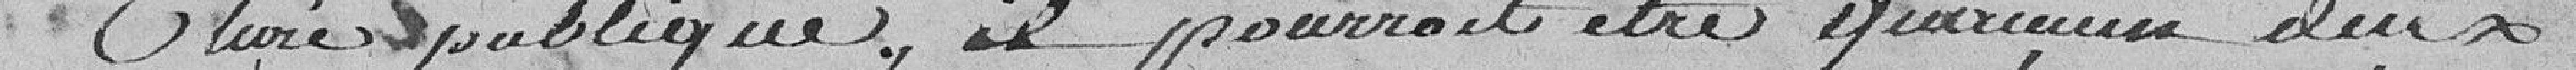
dure publique, il pourrait être     d'eux